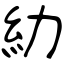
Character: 糼